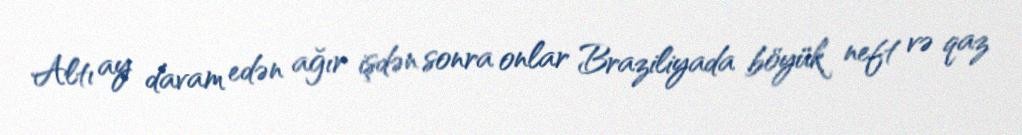
Altı ay davam edən ağır işdən sonra onlar Braziliyada böyük neft və qaz